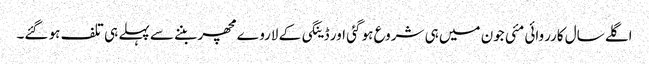
اگلے سال کارروائی مئی جون میں ہی شروع ہو گئی اور ڈینگی کے لاروے مچھر بننے سے پہلے ہی تلف ہو گئے۔